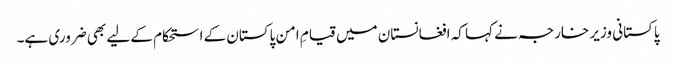
پاکستانی وزیر خارجہ نے کہا کہ افغانستان میں قیامِ امن پاکستان کے استحکام کے لیے بھی ضروری ہے۔